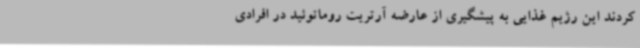
کردند این رژیم غذایی به پیشگیری از عارضه آرتریت روماتوئید در افرادی